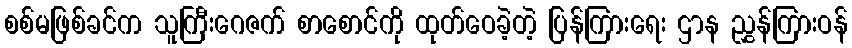
စစ်မဖြစ်ခင်က သူကြီးဂေဇက် စာစောင်ကို ထုတ်ဝေခဲ့တဲ့ ပြန်ကြားရေး ဌာန ညွှန်ကြားဝန်